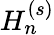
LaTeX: H_{n}^{(s)}